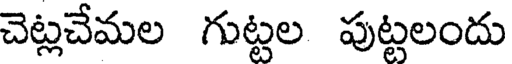
చెట్లచేమల గుట్టల పుట్టలందు